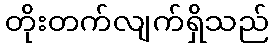
တိုးတက်လျက်ရှိသည်